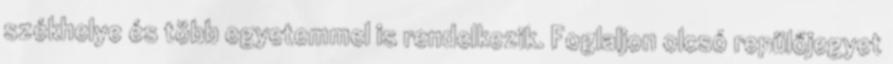
székhelye és több egyetemmel is rendelkezik. Foglaljon olcsó repülőjegyet